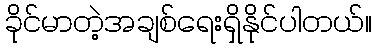
ခိုင်မာတဲ့အချစ်ရေးရှိနိုင်ပါတယ်။